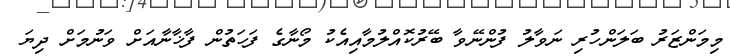
މިމަންޒަރު ބަލަންހުރި ނަވާލު ފުންނޭވާ ބޭރުކޮއްލުމާއިއެކު މޯނާގެ ފަހަތުން ފާޚާނާއަށް ވަނުމަށް ދިޔަ